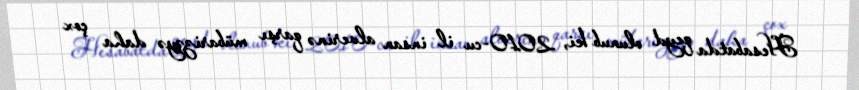
Hesabatda qeyd olunub ki, 2010-cu il insan alverinə qarşı mübarizəyə daha çox